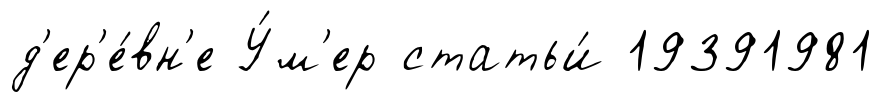
д'ер'е́вн'е У́м'ер статьи́ 19391981